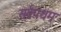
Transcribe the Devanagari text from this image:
सर्वपथम